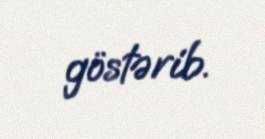
göstərib.